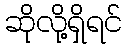
ဆိုလို့ရှိရင်